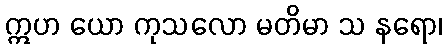
ဣဟ ယော ကုသလော မတိမာ သ နရော၊